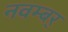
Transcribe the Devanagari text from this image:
नवम्बर्